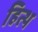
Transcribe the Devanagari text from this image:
हित्थ